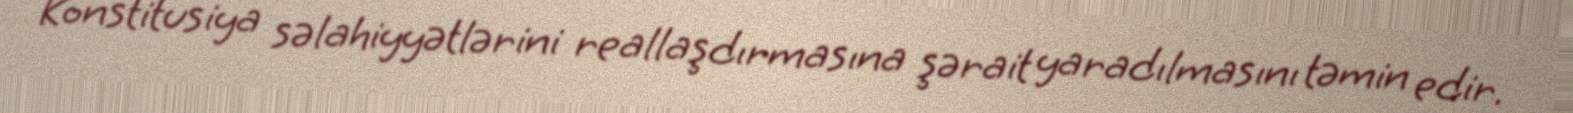
Konstitusiya səlahiyyətlərini reallaşdırmasına şərait yaradılmasını təmin edir.